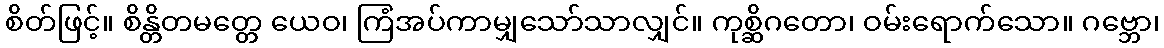
စိတ်ဖြင့်။ စိန္တိတမတ္တေ ယေဝ၊ ကြံအပ်ကာမျှသော်သာလျှင်။ ကုစ္ဆိဂတော၊ ဝမ်းရောက်သော။ ဂဗ္ဘော၊